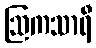
ဩကသာရီ